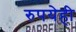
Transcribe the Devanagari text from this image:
रुपयेही